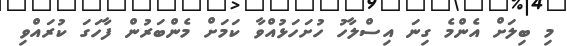
މި ބިލަށް އެންމެ ގިނަ އިސްލާހު ހުށަހަޅުއްވާ ކަމަށް މެންބަރުން ފާހަގަ ކުރައްވި